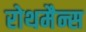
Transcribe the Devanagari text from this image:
रोथमैन्स